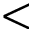
<